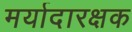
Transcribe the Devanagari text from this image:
मर्यादारक्षक